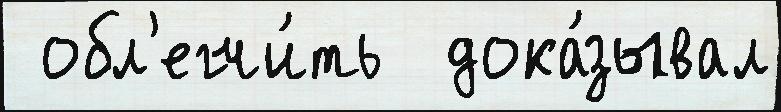
 обл'егчи́ть  дока́зывал